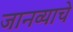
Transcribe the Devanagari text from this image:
जानव्याचे